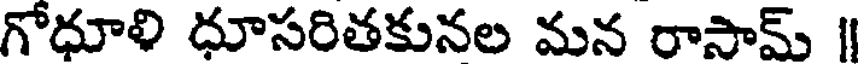
గోధూళి ధూసరితకునల మన రాసామ్ |